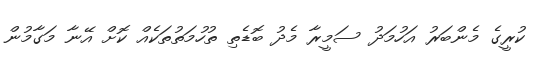
ކުރީގެ މެންބަރު އަހުމަދު ސަމީރާ މެދު ބޮޑެތި ތުހުމަތުތަކެއް ކޮށް އޭނާ މަގާމުން